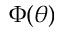
\Phi ( \theta )